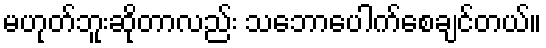
မဟုတ်ဘူးဆိုတာလည်း သဘောပေါက်စေချင်တယ်။